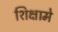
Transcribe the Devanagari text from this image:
शिक्षामे